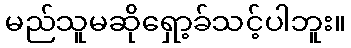
မည်သူမဆိုရှော့ခ်သင့်ပါဘူး။